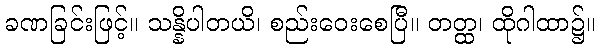
ခဏခြင်းဖြင့်။ သန္နိပါတယိ၊ စည်းဝေးစေပြီ။ တတ္ထ၊ ထိုဂါထာ၌။